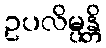
ဥပလိမ္ပန္တိ